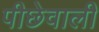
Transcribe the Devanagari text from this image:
पीछेवाली